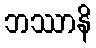
ဘဿာနိ